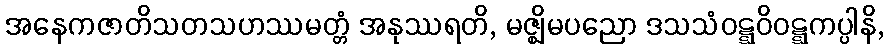
အနေကဇာတိသတသဟဿမတ္တံ အနုဿရတိ, မဇ္ဈိမပညော ဒသသံဝဋ္ဋဝိဝဋ္ဋကပ္ပါနိ,